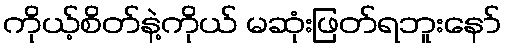
ကိုယ့်စိတ်နဲ့ကိုယ် မဆုံးဖြတ်ရဘူးနော်